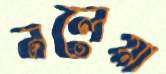
নলেয়া